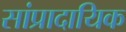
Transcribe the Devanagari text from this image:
सांप्रादायिक